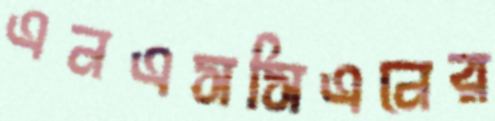
এনএসসিএনের